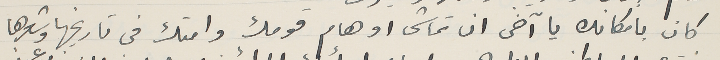
كان بامكانك يا آخى ان تماشى اوهام قومك وامتك فى تاريخها وشعرها